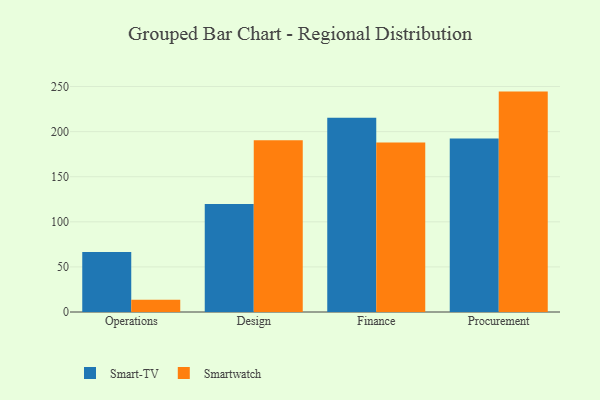
{"axis": {"x": "Department", "y": "Satisfaction Score"}, "legend": ["Smart-TV", "Smartwatch"], "data": [{"x": "Operations", "y": 66.4, "type": "Smart-TV"}, {"x": "Operations", "y": 13.6, "type": "Smartwatch"}, {"x": "Design", "y": 119.7, "type": "Smart-TV"}, {"x": "Design", "y": 190.5, "type": "Smartwatch"}, {"x": "Finance", "y": 215.3, "type": "Smart-TV"}, {"x": "Finance", "y": 187.9, "type": "Smartwatch"}, {"x": "Procurement", "y": 192.5, "type": "Smart-TV"}, {"x": "Procurement", "y": 244.4, "type": "Smartwatch"}]}